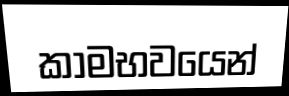
කාමභවයෙන්